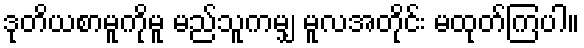
ဒုတိယစာမူကိုမူ မည်သူကမျှ မူလအတိုင်း မထုတ်ကြပါ။